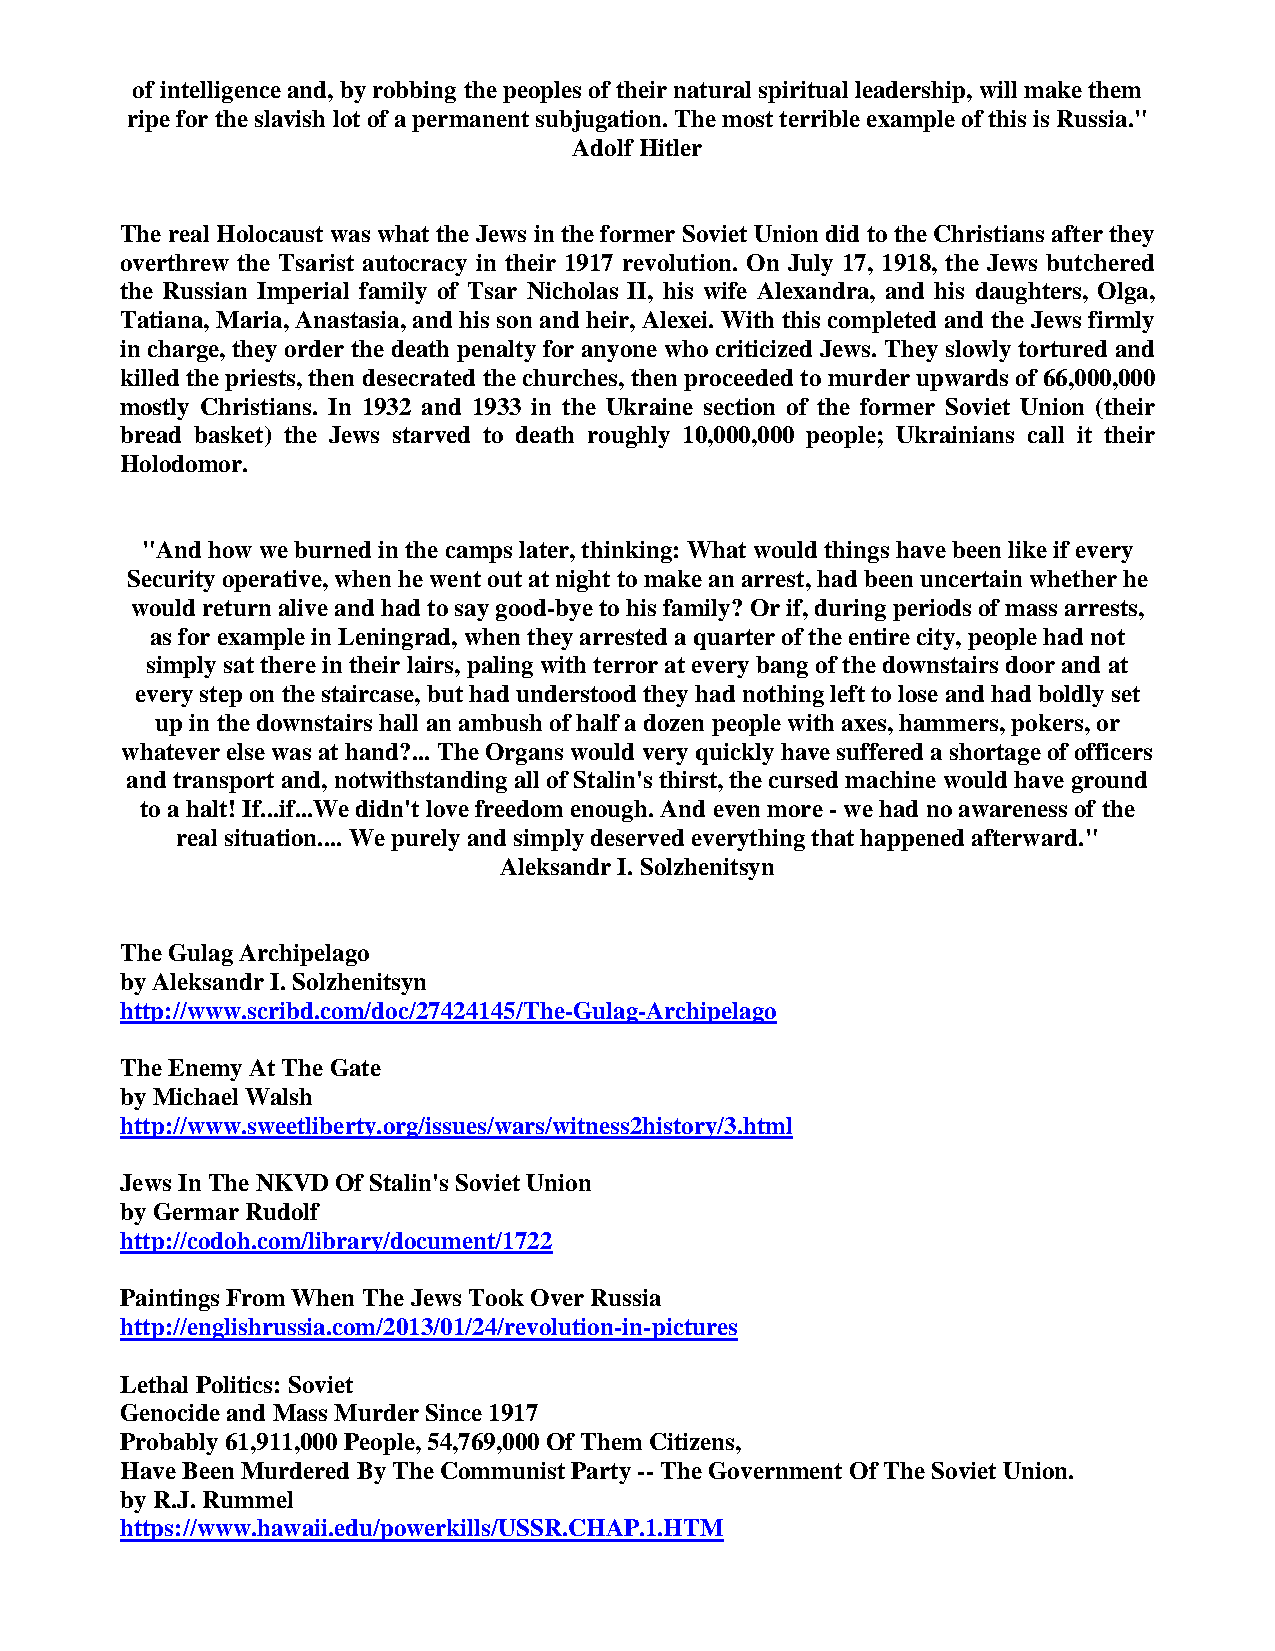
of intelligence and, by robbing the peoples of their natural spiritual leadership, will make them
 ripe for the slavish lot of a permanent subjugation. The most terrible example of this is Russia."
 Adolf Hitler
 The real Holocaust was what the Jews in the former Soviet Union did to the Christians after they
 overthrew the Tsarist autocracy in their 1917 revolution. On July 17, 1918, the Jews butchered
 the Russian Imperial family of Tsar Nicholas II, his wife Alexandra, and his daughters, Olga,
 Tatiana, Maria, Anastasia, and his son and heir, Alexei. With this completed and the Jews firmly
 in charge, they order the death penalty for anyone who criticized Jews. They slowly tortured and
 killed the priests, then desecrated the churches, then proceeded to murder upwards of 66,000,000
 mostly Christians. In 1932 and 1933 in the Ukraine section of the former Soviet Union (their
 bread basket) the Jews starved to death roughly 10,000,000 people; Ukrainians call it their
 Holodomor.
 "And how we burned in the camps later, thinking: What would things have been like if every
 Security operative, when he went out at night to make an arrest, had been uncertain whether he
 would return alive and had to say good-bye to his family? Or if, during periods of mass arrests,
 as for example in Leningrad, when they arrested a quarter of the entire city, people had not
 simply sat there in their lairs, paling with terror at every bang of the downstairs door and at
 every step on the staircase, but had understood they had nothing left to lose and had boldly set
 up in the downstairs hall an ambush of half a dozen people with axes, hammers, pokers, or
 whatever else was at hand?... The Organs would very quickly have suffered a shortage of officers
 and transport and, notwithstanding all of Stalin's thirst, the cursed machine would have ground
 to a halt! If...if...We didn't love freedom enough. And even more - we had no awareness of the
 real situation.... We purely and simply deserved everything that happened afterward."
 Aleksandr I. Solzhenitsyn
 The Gulag Archipelago
 by Aleksandr I. Solzhenitsyn
 http://www.scribd.com/doc/27424145/The-Gulag-Archipelago
 The Enemy At The Gate
 by Michael Walsh
 http://www.sweetliberty.org/issues/wars/witness2history/3.html
 Jews In The NKVD Of Stalin's Soviet Union
 by Germar Rudolf
 http://codoh.com/library/document/1722
 Paintings From When The Jews Took Over Russia
 http://englishrussia.com/2013/01/24/revolution-in-pictures
 Lethal Politics: Soviet
 Genocide and Mass Murder Since 1917
 Probably 61,911,000 People, 54,769,000 Of Them Citizens,
 Have Been Murdered By The Communist Party -- The Government Of The Soviet Union.
 by R.J. Rummel
 https://www.hawaii.edu/powerkills/USSR.CHAP.1.HTM